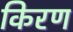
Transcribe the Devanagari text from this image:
किरण